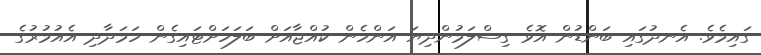
ގައިމެވެ. އެނދުގައި ބަންޑުން އޮވެ ގިސްލަމުންދިޔަ އަންހެން ކުއްޖާއަށް ބަލަހަށްޓައިގެން ހަމަދާދި އެއުމުރުގެ